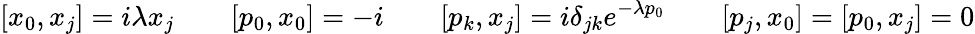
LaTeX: [x_{0},x_{j}]=i\lambda x_{j}\qquad[p_{0},x_{0}]=-i\qquad[p_{k},x_{j}]=i\delta_{jk}e^{-\lambda p_{0}}\qquad[p_{j},x_{0}]=[p_{0},x_{j}]=0